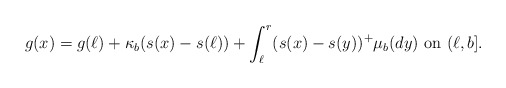
\begin{align*}g(x)=g(\ell) + \kappa_b (s(x)-s(\ell)) + \int_{\ell}^r (s(x)-s(y))^+ \mu_b(dy) \mbox{ on } (\ell,b].\end{align*}